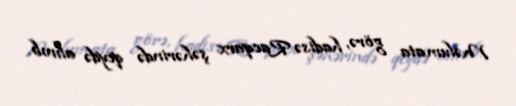
Məlumata görə, hadisə Racqarx şəhərində qeydə alınıb.